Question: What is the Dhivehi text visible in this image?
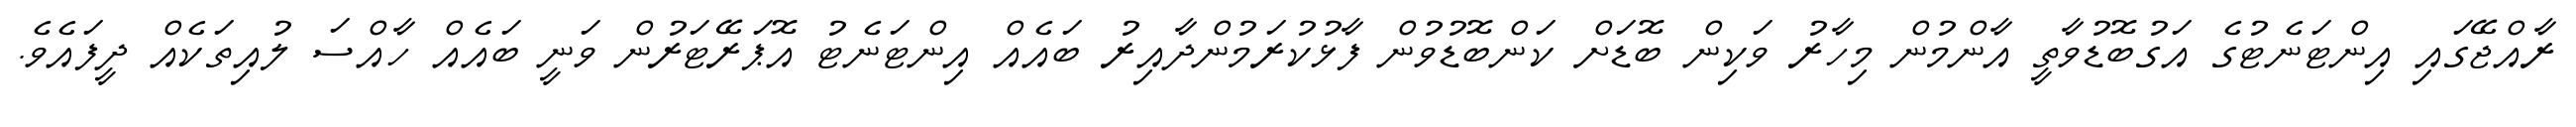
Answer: ރާއްޖޭގައި އިންޓަނެޓުގެ އަގުބޮޑުވާތީ އާންމުން މިހާރު ވަކިން ބޮޑަށް ކަންބޮޑުވުން ފާޅުކުރަމުންދާއިރު ބައެއް އިންޓަނެޓު އޮޕަރޭޓަރުން ވަނީ ބައެއް ހާއްސަ ލުއިތަކެއް ދީފައެވެ.